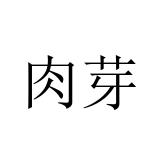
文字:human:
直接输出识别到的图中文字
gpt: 肉芽